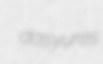
dasyures